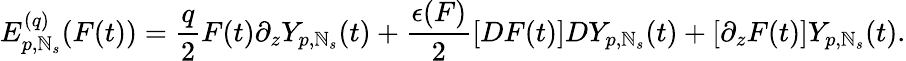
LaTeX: E_{p,\mathbb{N}_{s}}^{(q)}(F(t))=\frac{{q}}{{2}}F(t)\partial_{z}Y_{p,\mathbb{N}_{s}}(t)+\frac{{\epsilon(F)}}{{2}}[DF(t)]DY_{p,\mathbb{N}_{s}}(t)+[\partial_{z}F(t)]Y_{p,\mathbb{N}_{s}}(t).